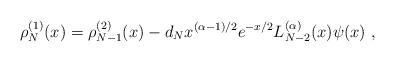
LaTeX: \begin{align*}\rho^{(1)}_{N}(x) = \rho^{(2)}_{N-1}(x)-d_{N}x^{(\alpha-1)/2}e^{-x/2}L^{(\alpha)}_{N-2}(x)\psi(x)\ , \end{align*}